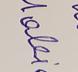
Signature authenticity: forged